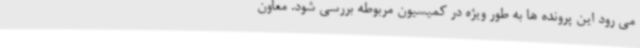
می رود این پرونده ها به طور ویژه در کمیسیون مربوطه بررسی شود. معاون